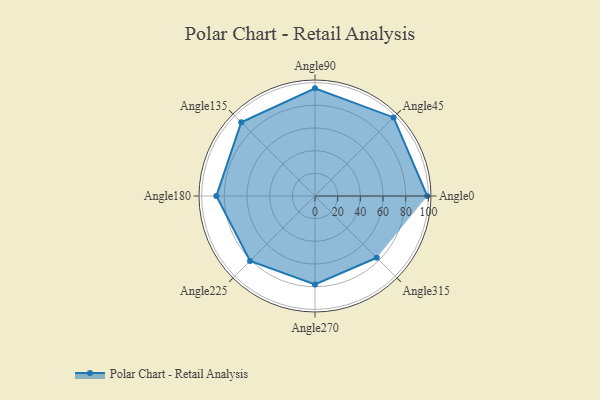
{"axis": {"x": "Angle", "y": "Radius"}, "legend": [""], "data": [{"x": "Angle0", "y": 99.0, "type": ""}, {"x": "Angle45", "y": 98.0, "type": ""}, {"x": "Angle90", "y": 95.0, "type": ""}, {"x": "Angle135", "y": 92.0, "type": ""}, {"x": "Angle180", "y": 87.0, "type": ""}, {"x": "Angle225", "y": 81.0, "type": ""}, {"x": "Angle270", "y": 78.0, "type": ""}, {"x": "Angle315", "y": 77.0, "type": ""}]}